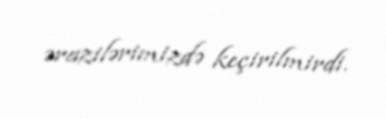
ərazilərimizdə keçirilmirdi.